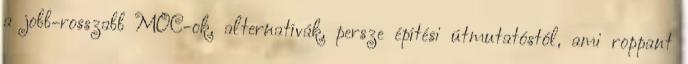
a jobb-rosszabb MOC-ok, alternatívák, persze építési útmutatóstól, ami roppant